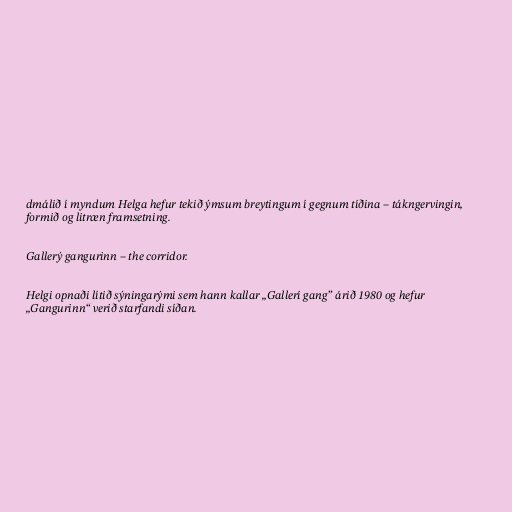
dmálið í myndum Helga hefur tekið ýmsum breytingum í gegnum tíðina – tákngervingin,
formið og litræn framsetning.

Gallerý gangurinn – the corridor.

Helgi opnaði lítið sýningarými sem hann kallar „Gallerí gang” árið 1980 og hefur
„Gangurinn“ verið starfandi síðan.